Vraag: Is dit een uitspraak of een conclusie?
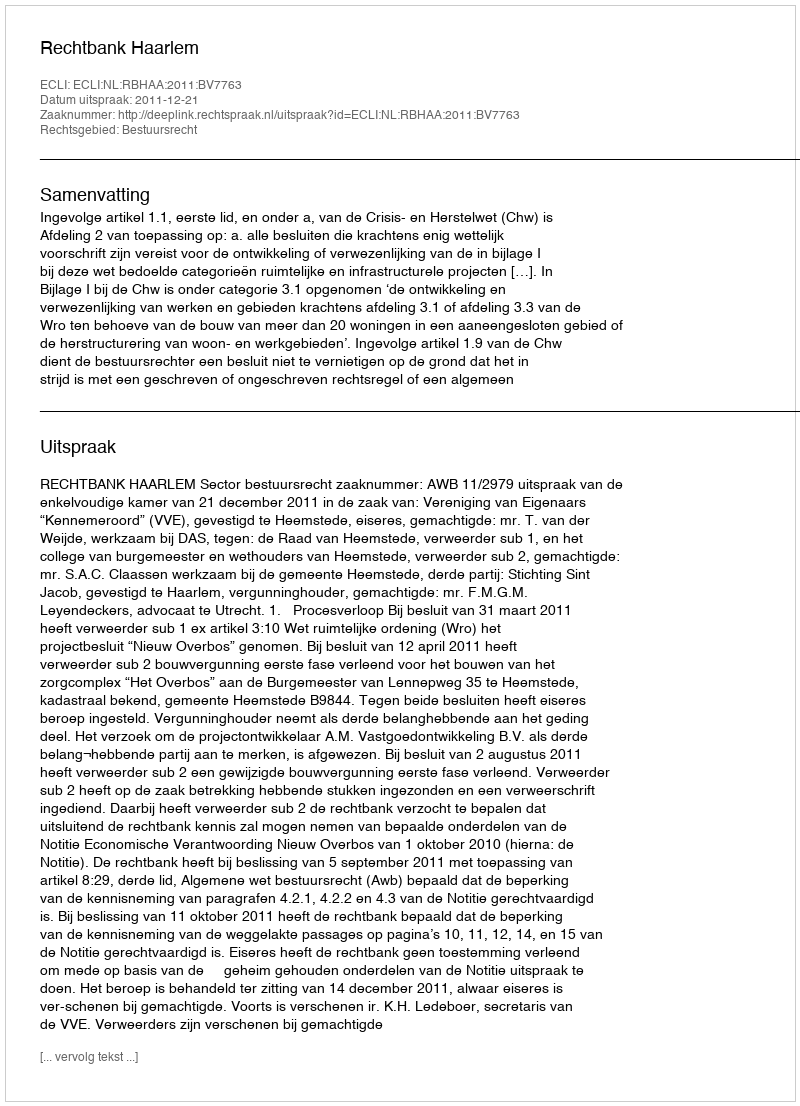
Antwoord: Uitspraak